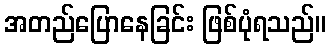
အတည်ပြောနေခြင်း ဖြစ်ပုံရသည်။